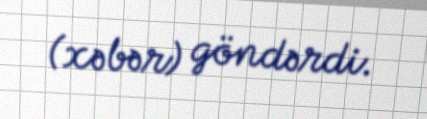
(xəbər) göndərdi.